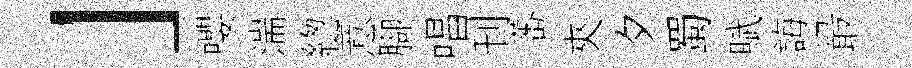
」嚶湍緫意腳唱刊蕃夾夕蜀賦誨最